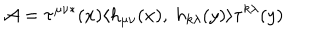
{ \cal A } = \tau ^ { \mu \nu \ast } ( x ) \langle h _ { \mu \nu } ( x ) , \ h _ { k \lambda } ( y ) \rangle \tau ^ { k \lambda } ( y )